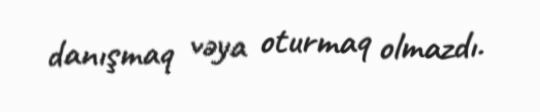
danışmaq vəya oturmaq olmazdı.